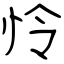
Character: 怜